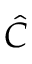
\hat { C }